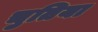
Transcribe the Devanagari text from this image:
चुतिया